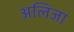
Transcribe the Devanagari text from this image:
अलिजा